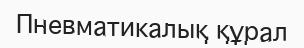
Пневматикалық құрал